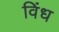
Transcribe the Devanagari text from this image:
विंध